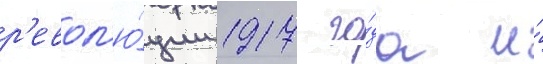
р'евол'ю́ции 1917 го́да и́